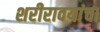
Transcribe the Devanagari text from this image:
शरीरावयांचा